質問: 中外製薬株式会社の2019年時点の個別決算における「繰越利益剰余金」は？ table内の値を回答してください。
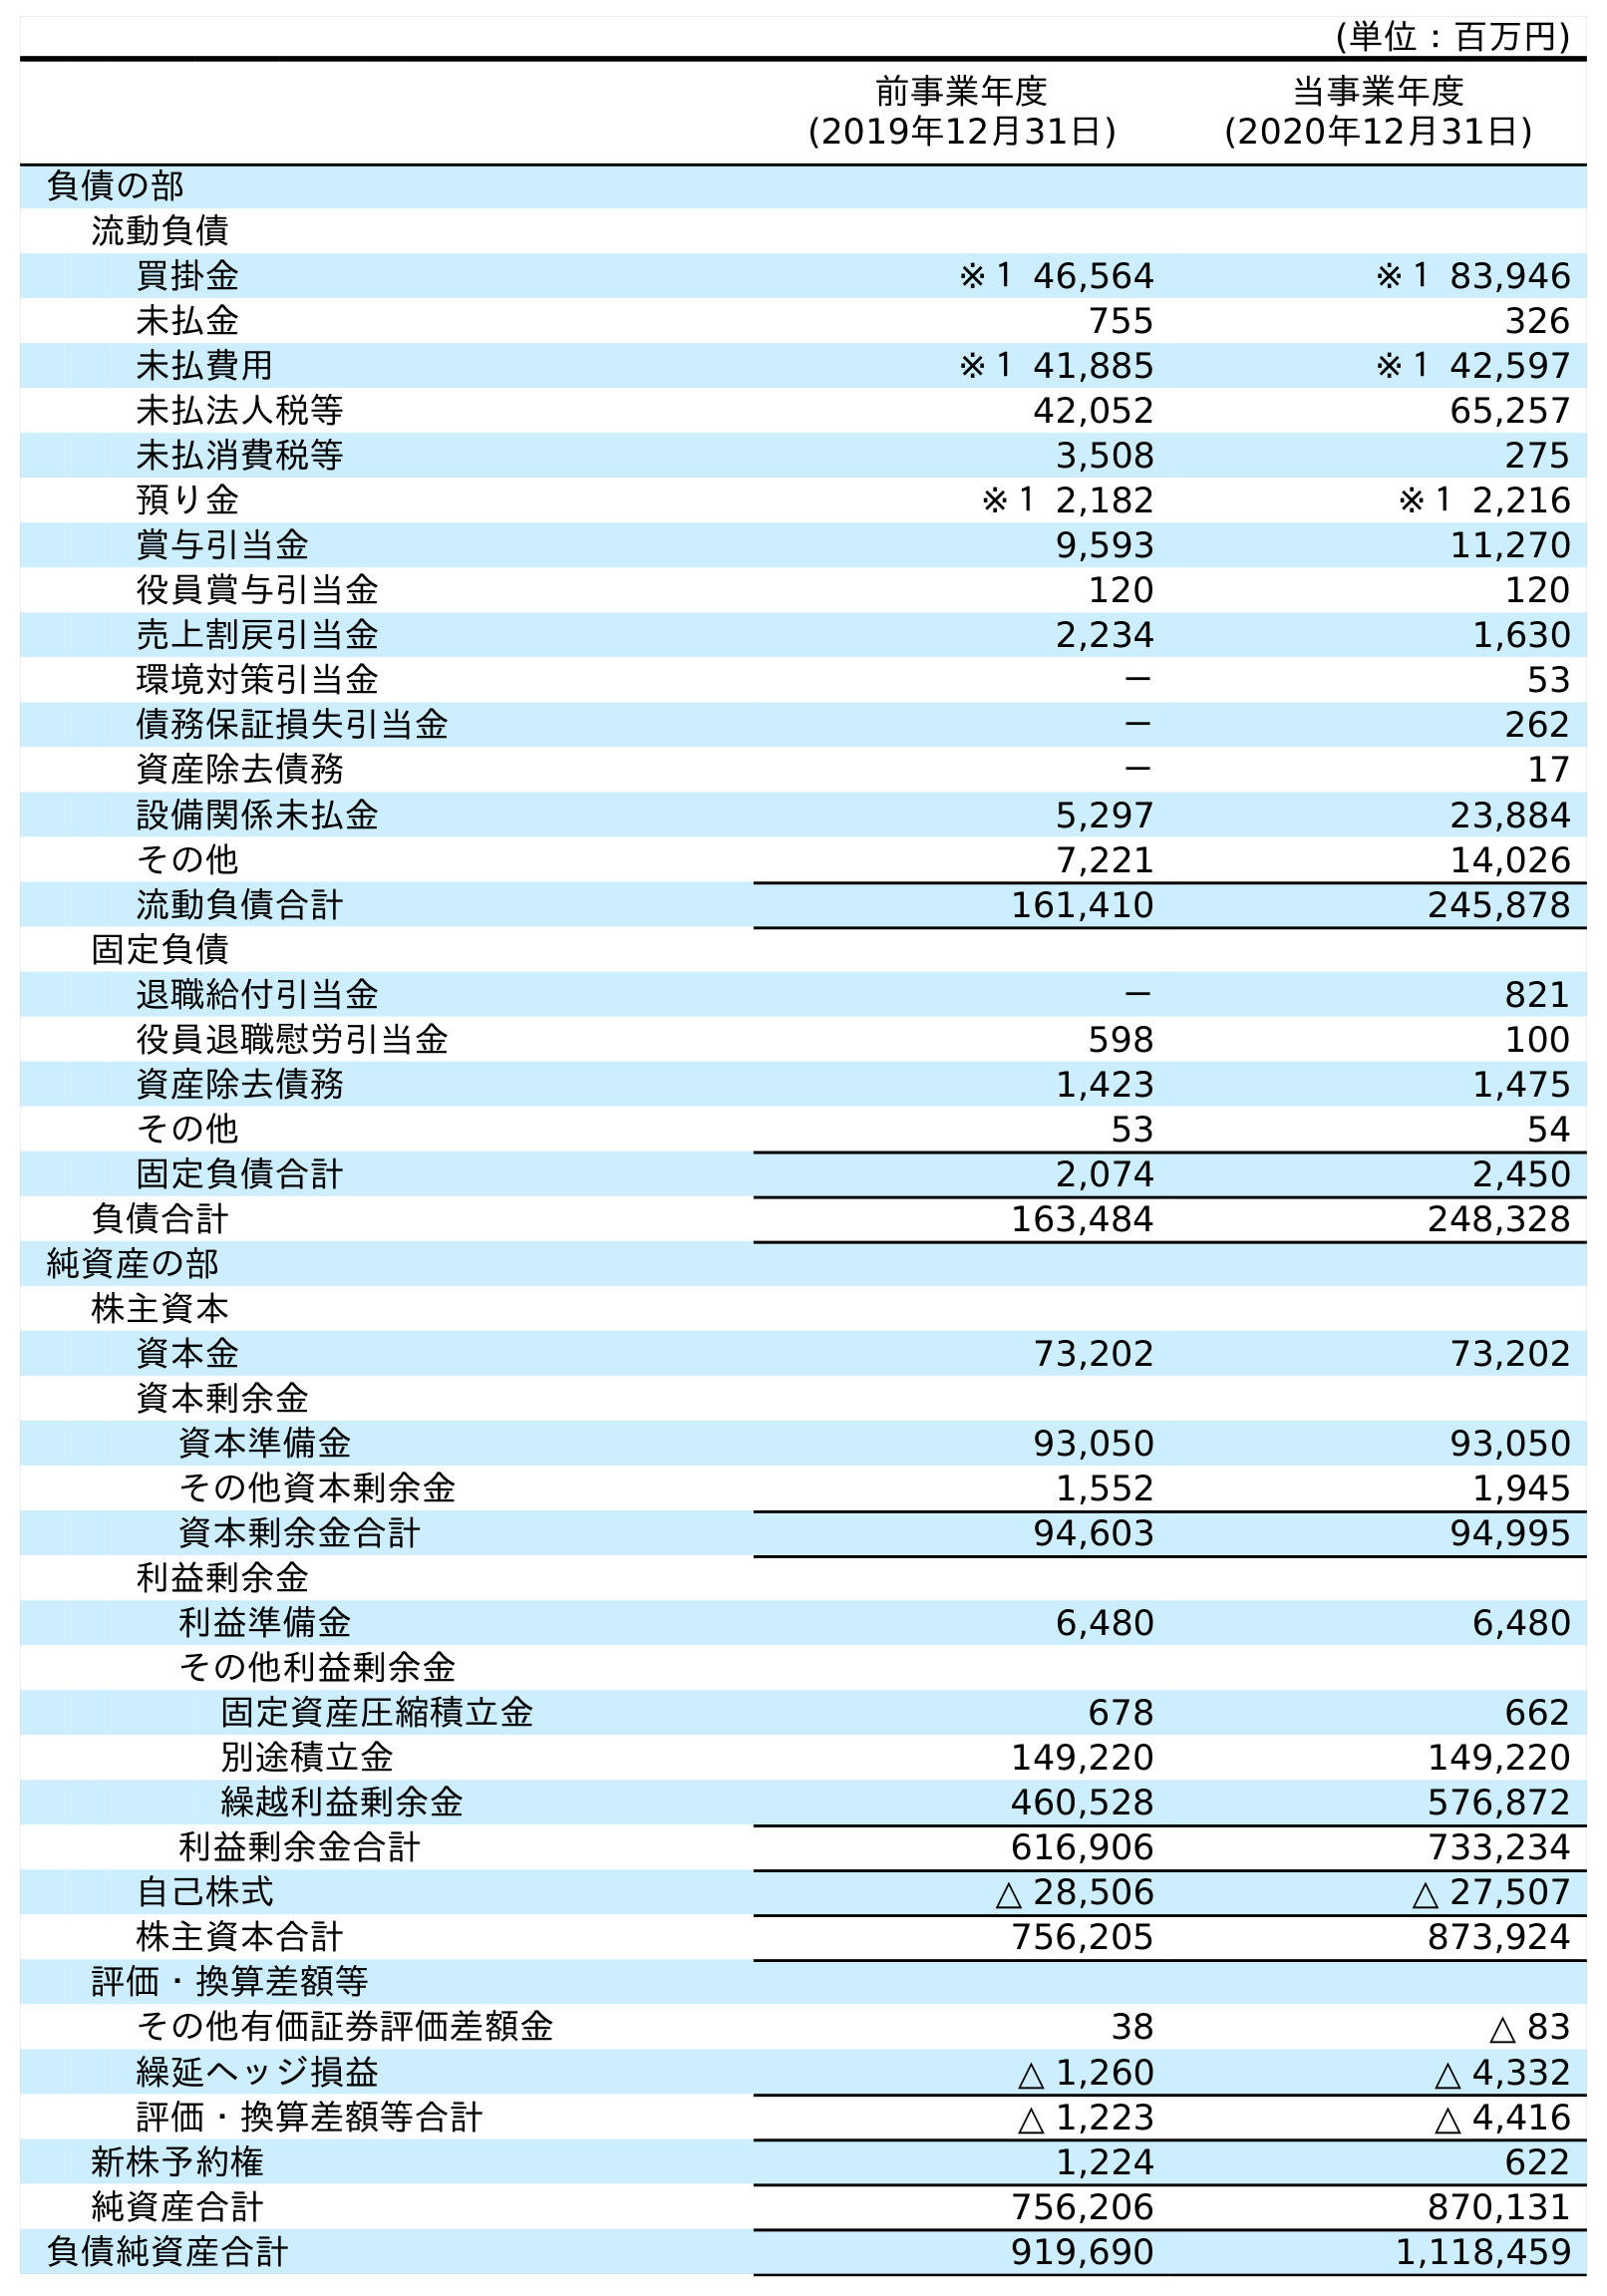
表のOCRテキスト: (単位：百万円) 前事業年度 (2019年12月31日) 当事業年度 (2020年12月31日) 負債の部 流動負債 買掛金 ※１ 46,564 ※１ 83,946 未払金 755 326 未払費用 ※１ 41,885 ※１ 42,597 未払法人税等 42,052 65,257 未払消費税等 3,508 275 預り金 ※１ 2,182 ※１ 2,216 賞与引当金 9,593 11,270 役員賞与引当金 120 120 売上割戻引当金 2,234 1,630 環境対策引当金 － 53 債務保証損失引当金 － 262 資産除去債務 － 17 設備関係未払金 5,297 23,884 その他 7,221 14,026 流動負債合計 161,410 245,878 固定負債 退職給付引当金 － 821 役員退職慰労引当金 598 100 資産除去債務 1,423 1,475 その他 53 54 固定負債合計 2,074 2,450 負債合計 163,484 248,328 純資産の部 株主資本 資本金 73,202 73,202 資本剰余金 資本準備金 93,050 93,050 その他資本剰余金 1,552 1,945 資本剰余金合計 94,603 94,995 利益剰余金 利益準備金 6,480 6,480 その他利益剰余金 固定資産圧縮積立金 678 662 別途積立金 149,220 149,220 繰越利益剰余金 460,528 576,872 利益剰余金合計 616,906 733,234 自己株式 △ 28,506 △ 27,507 株主資本合計 756,205 873,924 評価・換算差額等 その他有価証券評価差額金 38 △ 83 繰延ヘッジ損益 △ 1,260 △ 4,332 評価・換算差額等合計 △ 1,223 △ 4,416 新株予約権 1,224 622 純資産合計 756,206 870,131 負債純資産合計 919,690 1,118,459
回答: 460,528